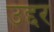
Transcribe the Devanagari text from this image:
उद्दर